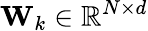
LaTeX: \textbf{W}_{k}\in\mathbb{R}^{N\times d}